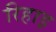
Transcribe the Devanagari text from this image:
रिहाइ